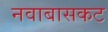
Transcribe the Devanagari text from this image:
नवाबासकट